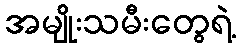
အမျိုးသမီးတွေရဲ့